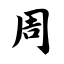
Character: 周